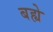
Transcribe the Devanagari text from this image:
बह्ये